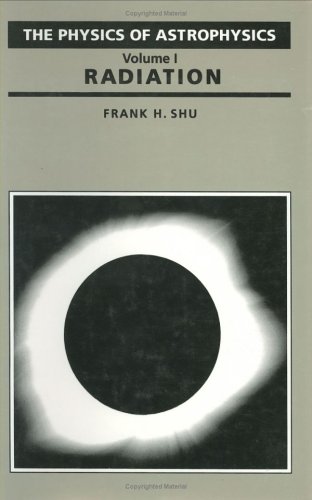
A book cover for The Physics of Astrophysics Volume I: Radiation; Frank H. Shu; Science & Math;